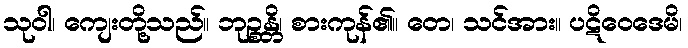
သုဝါ၊ ကျေးတို့သည်။ ဘုဉ္စန္တိ၊ စားကုန်၏။ တေ၊ သင်အား။ ပဋိဝေဒေမိ၊